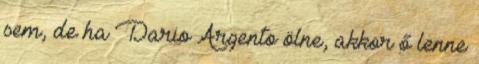
sem, de ha Dario Argento ölne, akkor ő lenne